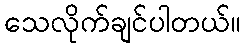
သေလိုက်ချင်ပါတယ်။